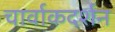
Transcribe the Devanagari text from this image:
चार्वाकदर्शन